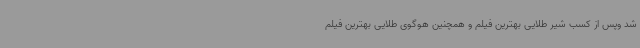
شد وپس از کسب شیر طلایی بهترین فیلم و همچنین هوگوی طلایی بهترین فیلم